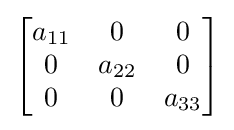
{\begin{bmatrix}a_{11}&0&0\\0&a_{22}&0\\0&0&a_{33}\\\end{bmatrix}}